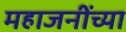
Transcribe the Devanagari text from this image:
महाजनींच्या